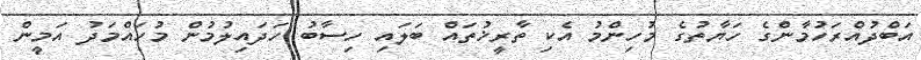
އަބްދުއްރަހުމާންގެ ހަޔާތުގެ މުހިންމު އެކި ތާރީޚުތައް ބަލައި ހިސާބު ހަދައިލުމުން މުހައްމަދު އަމީން